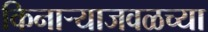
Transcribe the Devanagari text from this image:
किनार्‍याजवळच्या